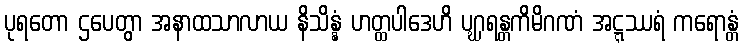
ပုရတော ဌပေတွာ အနာထသာလာယ နိသိန္နံ ဟတ္ထပါဒေဟိ ပဂ္ဃရန္တကိမိဂဏံ အဋ္ဋဿရံ ကရောန္တံ